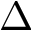
\Delta